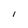
Character: l